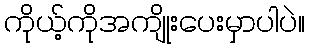
ကိုယ့်ကိုအကျိုးပေးမှာပါပဲ။